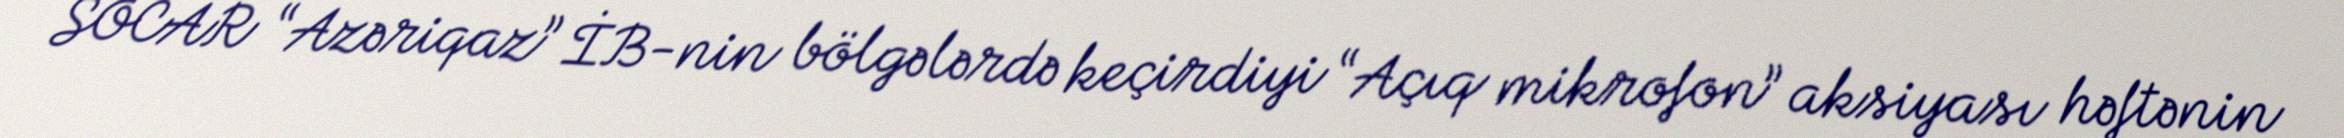
SOCAR “Azəriqaz” İB-nin bölgələrdə keçirdiyi “Açıq mikrofon” aksiyası həftənin